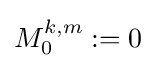
M_{0}^{k,m}:=0